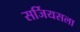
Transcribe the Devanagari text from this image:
सर्जियसला